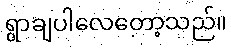
ရွာချပါလေတော့သည်။